Report of an investigation into the causes of malaria in Bombay and the measures necessary for its control
Disease focus: Malaria
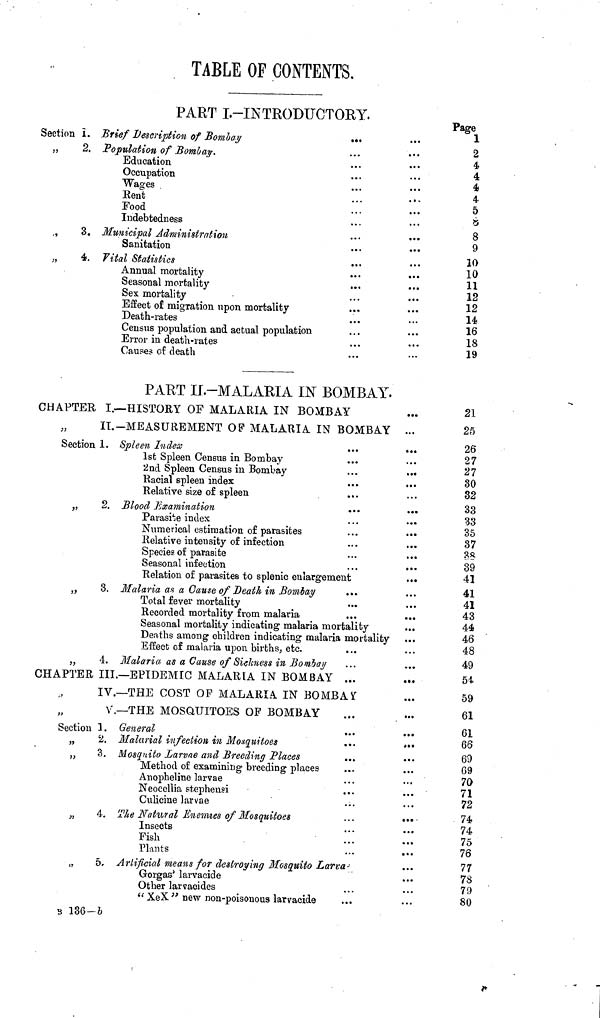
TABLE OF CONTENTS.
PART I.-INTRODUCTORY.
Section I. Brief Description of Bombay
...
,,
2. Population of Bombay.
Education
Occupation
Wages
Rent
Food
Indebtedness
„
3. Municipal Administration
• ••
•••
Sanitation
„
4. Vital Statistics
Annual mortality
Seasonal mortality
Sex mortality
Effect of migration upon mortality
Death-rates
Census population and actual population
Error in death-rates
Causes of death
Page
1
2
4
4
4
4
5
8
9
10
10
11
12
12
14
16
18
19
PART II.-MALAKIA IN BOMBAY.
CHAPTER I.—HISTORY OF MALARIA IN BOMBAY
II.-MEASUREMENT OF MALARIA IN BOMBAY ...
Section 1. Spleen Index
...
...
1st Spleen Census in Bombay
2nd Spleen Census in Bombay
...
...
Racial spleen index
Relative size of spleen
„
2. Blood Examination
...
...
Parasite index
Numerical estimation of parasites
...
...
Relative intensity of infection
...
...
Specie? of parasite
Seasonal infection
Relation of parasites to splenic enlargement
„
3. Malaria as a Cause of Death in Bom-lay
Total fever mortality
Recorded mortality from malaria
...
...
Seasonal mortality indicating malaria mortality
Deaths among children indicating malaria mortality
Effect of malaria upon births, etc.
„
4. Malaria as a Cause of Sichness in Bombay
CHAPTER III.—EPIDEMIC MALARIA IN BOMBAY ...
IV.—THE COST OP MALARIA IN BOMBAY
V.—THE MOSQUITOES OF BOMBAY
Section 1. General
„
2. Malarial infection in Mosquitoes
...
...
,,
3. Mosquito Larvae and Breeding Places
Method of examining breeding places
Anopheline larvae
Neocellia stephensi
Culicine larvae
„
4. The Natural Enemies of Mosquitoes
...
...
Insects
Fish
Plants
„ 5. Artificial means for destroying Mosquito Larva-
Gorgas' larvacide
...
Other larvacides
" XeX " new non-poisonous larvacide
s 136-b
21
25
26
27
27
30
32
33
33
35
37
38
39
41
41
41
43
44
46
48
49
54
59
61
61
66
69
69
70
71
72
74
74
75
76
77
78
79
80